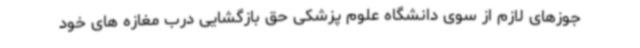
جوزهای لازم از سوی دانشگاه علوم پزشکی حق بازگشایی درب مغازه های خود